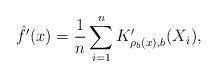
LaTeX: \begin{align*}\hat{f}'(x) = \frac{1}{n}\sum_{i=1}^{n}K'_{\rho_b(x),b}(X_i),\end{align*}